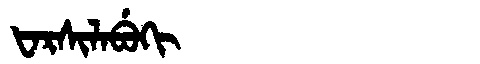
Manchu: ᡶᠠᡵᠰᡳᠯᠠᠪᡠᡴᡳ
Romanization: FARSILABUKI